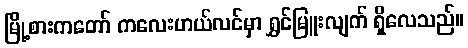
မြို့စားကတော် ကလေးဟယ်လင်မှာ ရွှင်မြူးလျက် ရှိလေသည်။